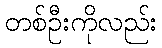
တစ်ဦးကိုလည်း